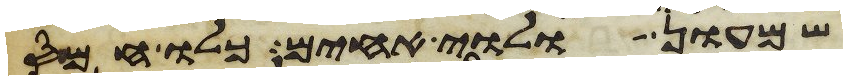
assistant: שמעון ולוי אחים כלו חמס